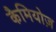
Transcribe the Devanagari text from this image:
कैमियोज़